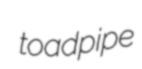
toadpipe